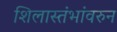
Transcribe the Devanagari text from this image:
शिलास्तंभांवरुन